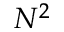
N ^ { 2 }